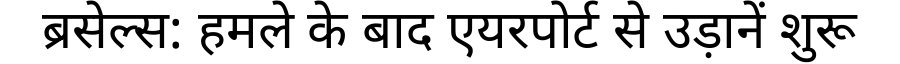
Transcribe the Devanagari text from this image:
ब्रसेल्स: हमले के बाद एयरपोर्ट से उड़ानें शुरू